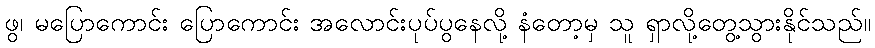
ဖွ၊ မပြောကောင်း ပြောကောင်း အလောင်းပုပ်ပွနေလို့ နံတော့မှ သူ ရှာလို့တွေ့သွားနိုင်သည်။